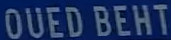
OUEDBEHT